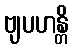
ဗျပဟန္တိ